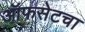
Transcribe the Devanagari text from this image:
ऑफसेटचा